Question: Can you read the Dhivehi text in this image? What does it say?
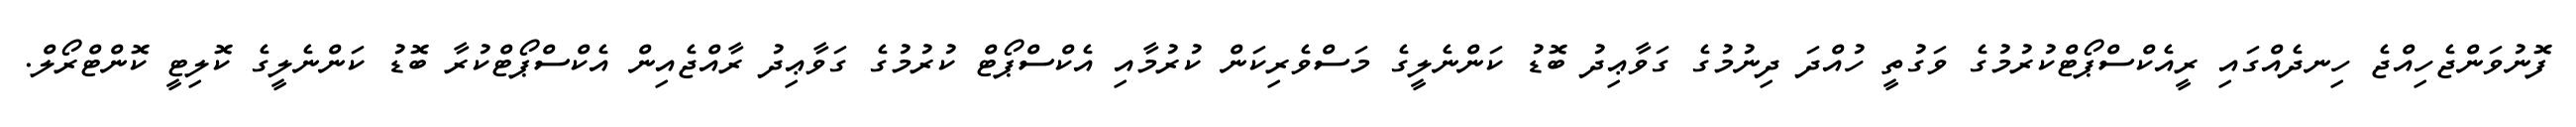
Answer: ފޮނުވަންޖެހިއްޖެ ހިނދެއްގައި ރީއެކްސްޕޯޓްކުރުމުގެ ވަގުތީ ހުއްދަ ދިނުމުގެ ގަވާޢިދު ބޮޑު ކަންނެލީގެ މަސްވެރިކަން ކުރުމާއި އެކްސްޕޯޓް ކުރުމުގެ ގަވާޢިދު ރާއްޖެއިން އެކްސްޕޯޓްކުރާ ބޮޑު ކަންނެލީގެ ކޮލިޓީ ކޮންޓްރޯލް.